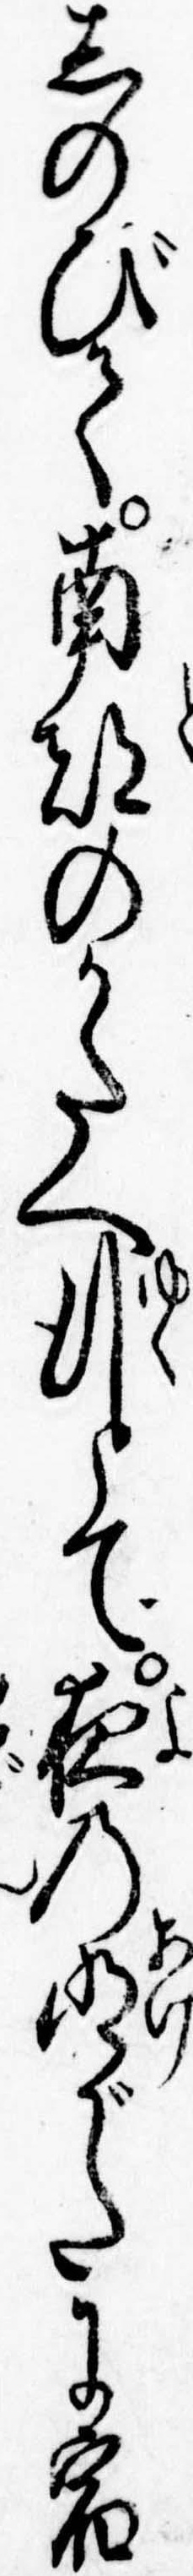
しのびて南都のかたへ行とて夜の明がたに宿